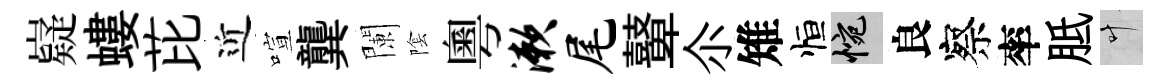
嶷螻芘近喧龔闌隂粵漱尾鼙尒雉恒惋良察率胝叶